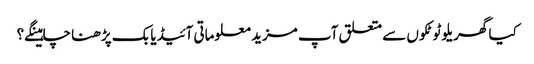
کیا گھریلو ٹوٹکوں سے متعلق آپ مزید معلوماتی آئیڈیابک پڑھنا چاہینگے؟